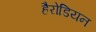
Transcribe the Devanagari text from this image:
हैरोडियन